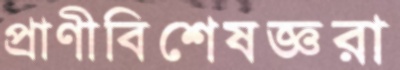
প্রাণীবিশেষজ্ঞরা